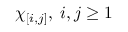
\chi _ { [ i , j ] } , \; i , j \geq 1